Regulations for the medical services of the Army of India
Year: 1930
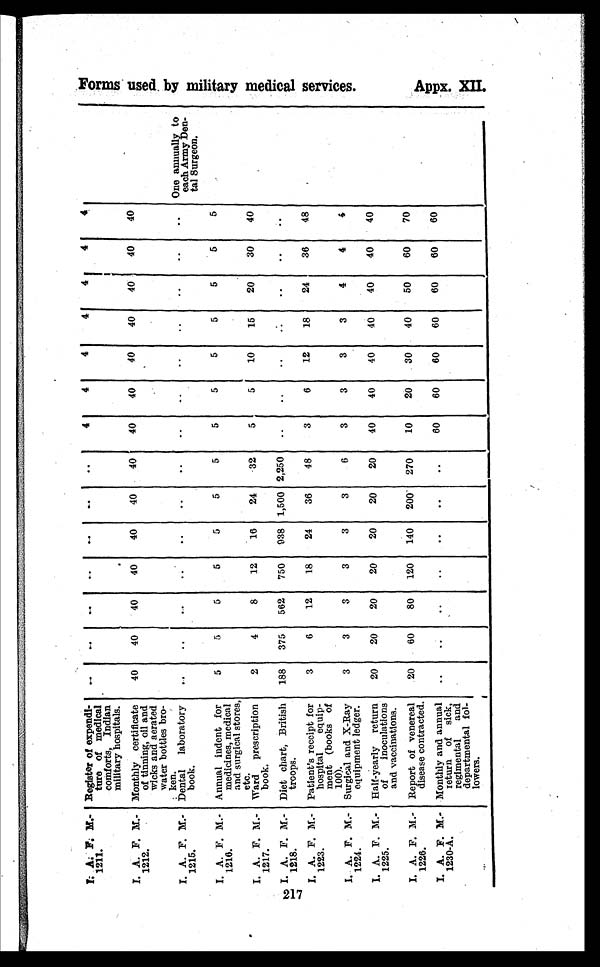
I. A. F. M.-
1211.
Register of expendi-
ture of medical
comforts, Indian
military hospitals.
..
..
. .
. .
..
..
..
4
4
4
4
4
4
4
I. A. F. M.-
1212.
Monthly certificate
of tinning, oil and
wicks and aerated
water bottles bro-
ken.
40
40
40
40
40
40
40
40
40
40
40
40
40
40
I. A. F. M.-
1215.
Dental laboratory
book.
. .
. .
. .
. .
. .
. .
. .
. .
. .
. .
. . . .
. .
. . One annually to
each Army Den
tal Surgeon.
I. A. F. M.-
1216.
Annual indent for
medicines, medical
and surgical stores,
etc.
5
5
5
5
5
5
5
5
5
5
5
5
5
5
I. A. F. M.-
1217.
Ward prescription
book.
2
4
8
12
16
24
32
5
5
10
15
20
30
40
I. A. F. M.-
1218.
Diet chart, British
troops.
188 375 562 750 938 1,500 2,250 ..
..
..
..
..
..
. .
I. A. F. M.-
1223.
Patient's receipt for
hospital equip-
ment (books of
100).
3
6
12
18
24
36
48
3
6
12
18
24
36
48
I. A. F. M.-
1224.
Surgical and X-Ray
equipment ledger.
3
3
3
3
3
3
6
3
3
3
3
4
4
4
I. A. F. M.-
1225.
Half-yearly return
of inoculations
and vaccinations.
20
20
20
20
20
20
20
40
40
40
40
40
40
40
I. A. F. M.-
1226.
Report of venereal
disease contracted.
20
60
80 120 140 200 270
10
20
30
40
50
60
70
I. A. F. M.-
1230-A.
Monthly and annual
return of sick,
regimental and
departmental fol-
lowers.
..
..
..
..
..
..
..
60
60
60
60
60
60
60
F o r m s u s e d b y m i l i t a r y m e d i c a l s e r v i c e s .
Appx . XI I .